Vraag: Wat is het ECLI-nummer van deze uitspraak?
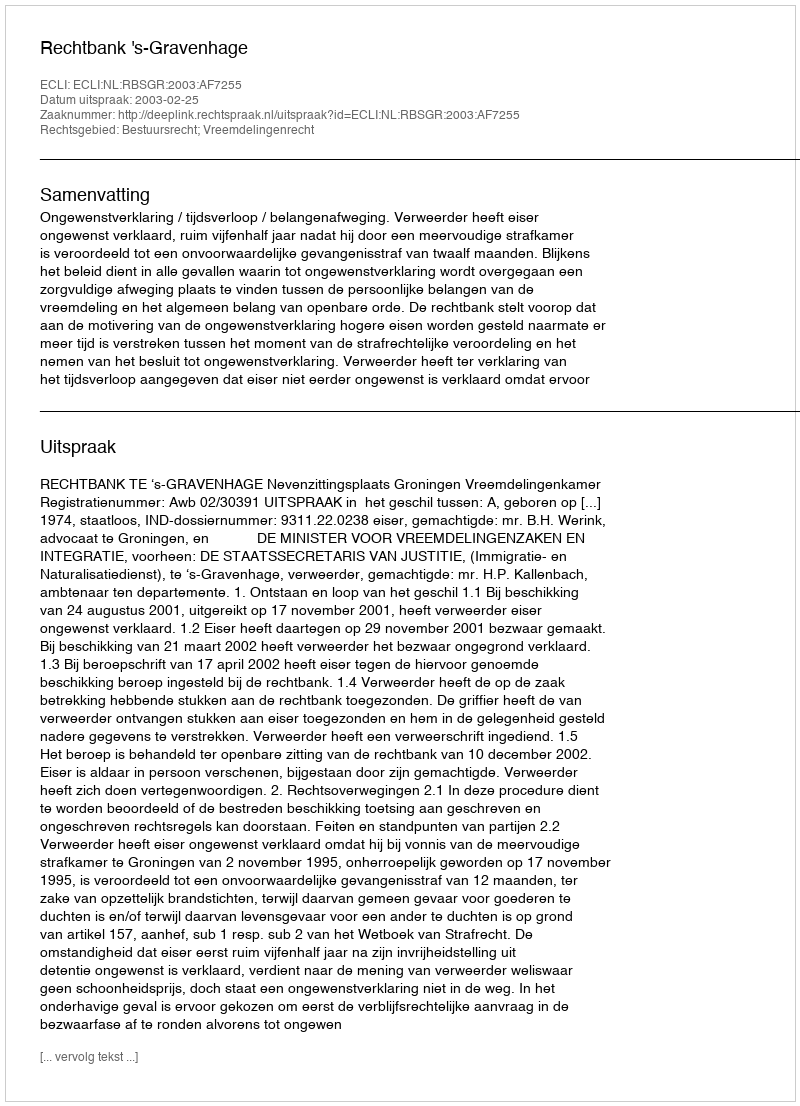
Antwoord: ECLI:NL:RBSGR:2003:AF7255